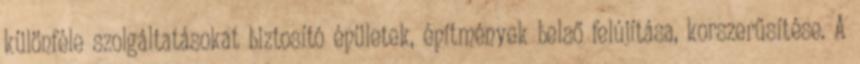
különféle szolgáltatásokat biztosító épületek, építmények belső felújítása, korszerűsítése. A